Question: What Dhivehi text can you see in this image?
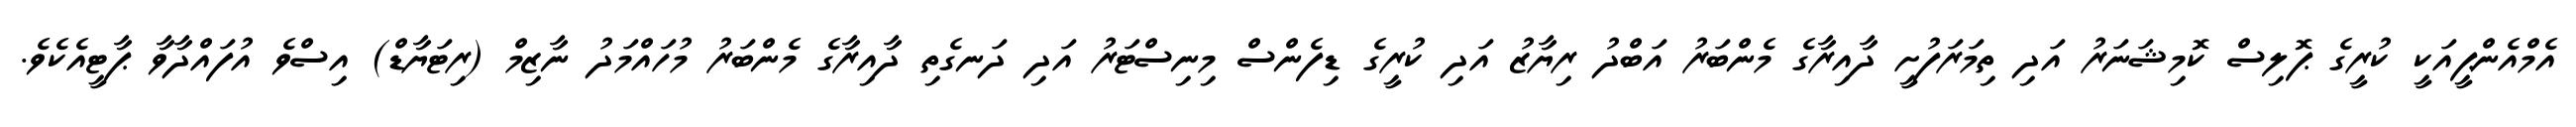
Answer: އެމްއެންޕީއަކީ ކުރީގެ ޕޮލިސް ކޮމިޝަނަރު އަދި ތިމަރަފުށީ ދާއިރާގެ މެންބަރު އަބްދު ރިޔާޒު އަދި ކުރީގެ ޑިފެންސް މިނިސްޓަރު އަދި ދަނގެތި ދާއިރާގެ މެންބަރު މުހައްމަދު ނާޒިމް (ރިޓަޔާޑް) އިސްވެ އުފައްދާވާ ޕާޓީއެކެވެ.